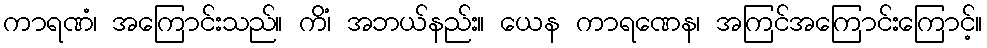
ကာရဏံ၊ အကြောင်းသည်။ ကိံ၊ အဘယ်နည်း။ ယေန ကာရဏေန၊ အကြင်အကြောင်းကြောင့်။